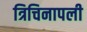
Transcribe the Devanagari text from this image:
त्रिचिनापली